Senior Leaving Certificate Examination (including Day School Certificate (Higher) General paper), 1949
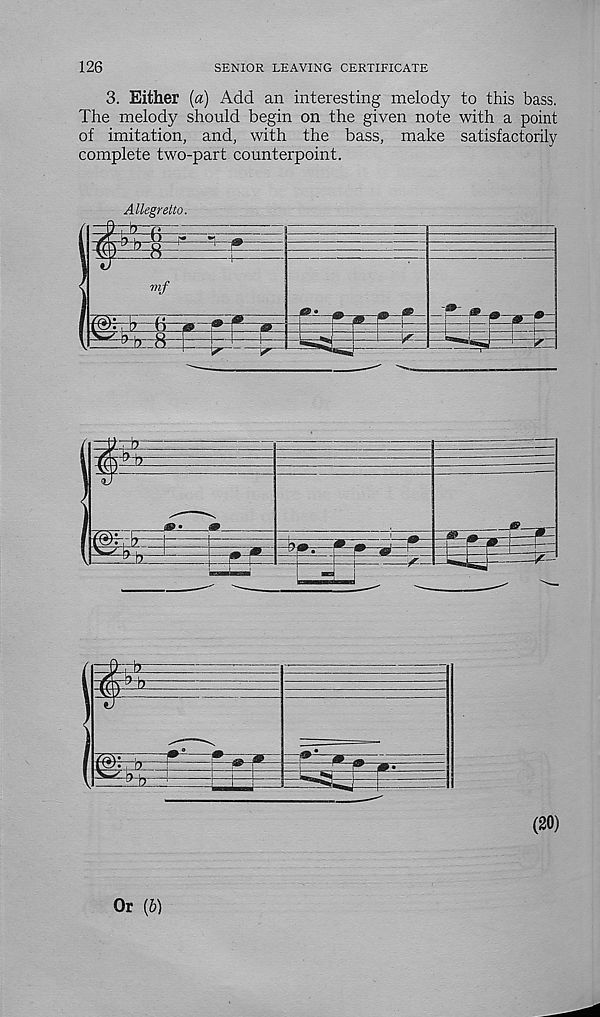
126
SENIOR LEAVING CERTIFICATE
3. Either [a) Add an interesting melody to this bass.
The melody should begin on the given note with a point
of imitation, and, with the bass, make satisfactorily
complete two-part counterpoint.
Allegretto.
Or (6)